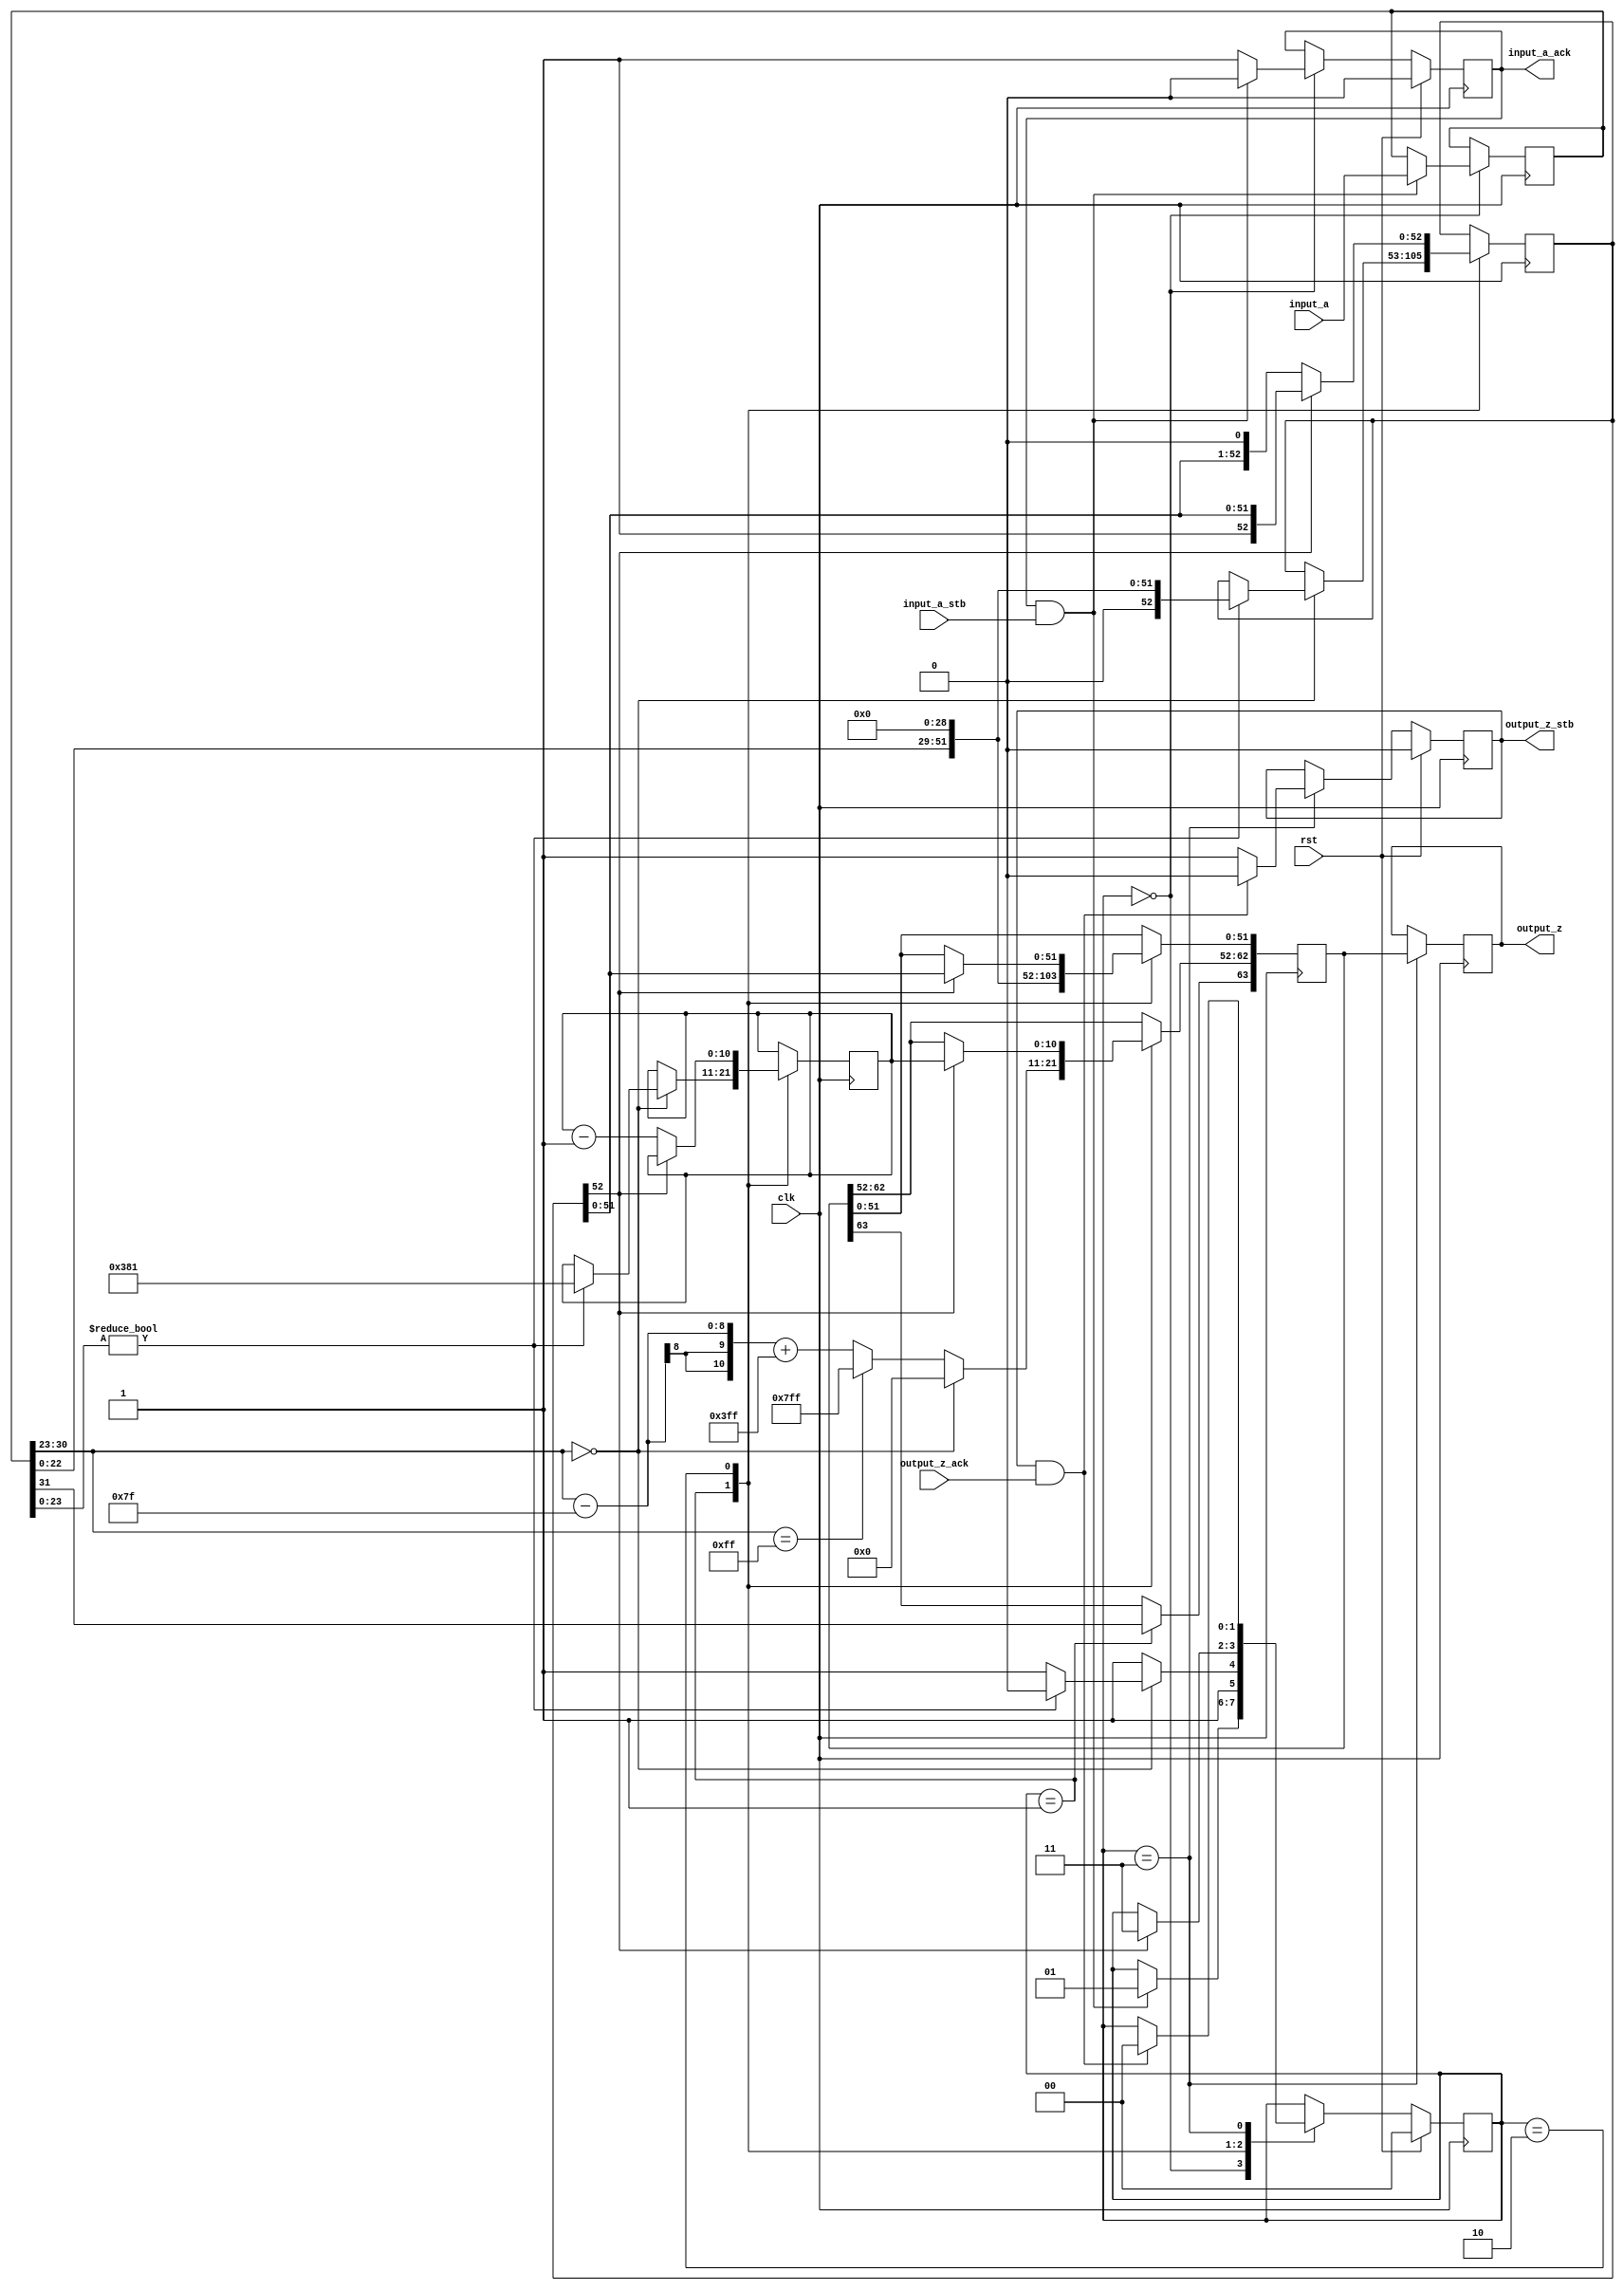
// This program was cloned from: https://github.com/dawsonjon/fpu
// License: MIT License

//Integer to IEEE Floating Point Converter (Double Precision)
//Copyright (C) Jonathan P Dawson 2013
//2013-12-12
module float_to_double(
        input_a,
        input_a_stb,
        output_z_ack,
        clk,
        rst,
        output_z,
        output_z_stb,
        input_a_ack);

  input     clk;
  input     rst;

  input     [31:0] input_a;
  input     input_a_stb;
  output    input_a_ack;

  output    [63:0] output_z;
  output    output_z_stb;
  input     output_z_ack;

  reg       s_output_z_stb;
  reg       [63:0] s_output_z;
  reg       s_input_a_ack;
  reg       s_input_b_ack;

  reg       [1:0] state;
  parameter get_a         = 3'd0,
            convert_0     = 3'd1,
            normalise_0   = 3'd2,
            put_z         = 3'd3;

  reg [63:0] z;
  reg [10:0] z_e;
  reg [52:0] z_m;
  reg [31:0] a;

  always @(posedge clk)
  begin

    case(state)

      get_a:
      begin
        s_input_a_ack <= 1;
        if (s_input_a_ack && input_a_stb) begin
          a <= input_a;
          s_input_a_ack <= 0;
          state <= convert_0;
        end
      end

      convert_0:
      begin
        z[63] <= a[31];
        z[62:52] <= (a[30:23] - 127) + 1023;
        z[51:0] <= {a[22:0], 29'd0};
        if (a[30:23] == 255) begin
            z[62:52] <= 2047;
        end
        state <= put_z;
        if (a[30:23] == 0) begin
            if (a[23:0]) begin
                state <= normalise_0;
                z_e <= 897;
                z_m <= {1'd0, a[22:0], 29'd0};
            end
            z[62:52] <= 0;
        end
      end

      normalise_0:
      begin
        if (z_m[52]) begin
          z[62:52] <= z_e;
          z[51:0] <= z_m[51:0];
          state <= put_z;
        end else begin
          z_m <= {z_m[51:0], 1'd0};
          z_e <= z_e - 1;
        end
      end

      put_z:
      begin
        s_output_z_stb <= 1;
        s_output_z <= z;
        if (s_output_z_stb && output_z_ack) begin
          s_output_z_stb <= 0;
          state <= get_a;
        end
      end

    endcase

    if (rst == 1) begin
      state <= get_a;
      s_input_a_ack <= 0;
      s_output_z_stb <= 0;
    end

  end
  assign input_a_ack = s_input_a_ack;
  assign output_z_stb = s_output_z_stb;
  assign output_z = s_output_z;

endmodule